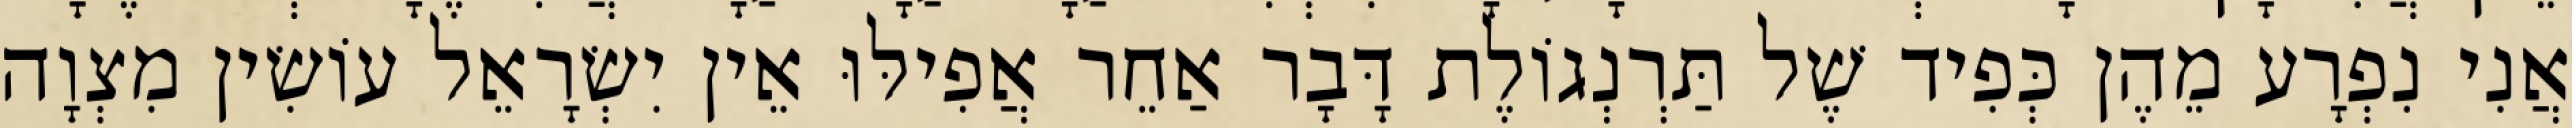
אֲנִי נִפְרָע מֵהֶן כְּפִיד שֶׁל תַּרְנְגוֹלֶת דָּבָר אַחֵר אֲפִילּוּ אֵין יִשְׂרָאֵל עוֹשִׂין מִצְוָה